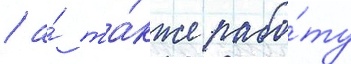
/ а́ та́кже рабо́ту